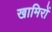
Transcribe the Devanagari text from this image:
खामिरों